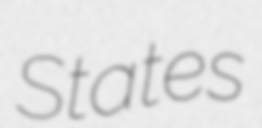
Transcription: States